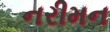
નરીમન